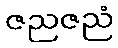
ဇညဇညံ